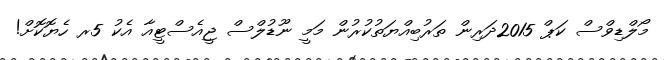
މޯލްޑިވްސް ކަޕް 2015ދަރިން ތަރުބިއްޔަތުކުރުން މަމީ ނޫޑުލްސް ޖީއެސްޓީއާ އެކު 5ރ ހެޔޮކޮށް!